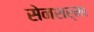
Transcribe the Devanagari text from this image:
सेनशर्मा